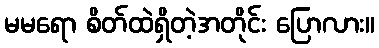
မမရော စိတ်ထဲရှိတဲ့အတိုင်း ပြောလား။